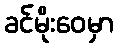
ခင်မိုးဝေမှာ